Vaccination North-Western Provinces 1866-1877 - 1866-1877
Year: 1866
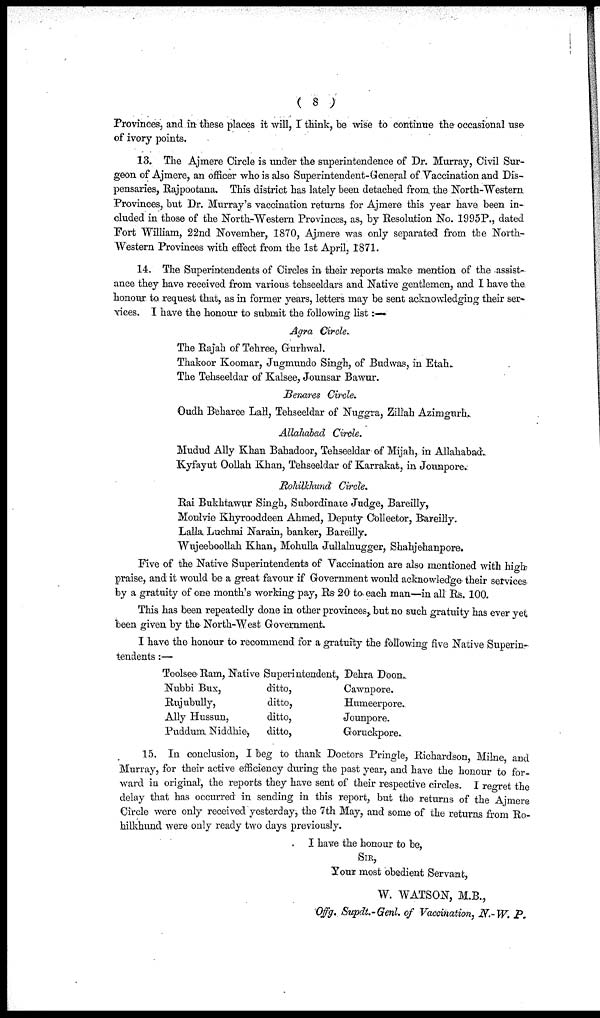
( 8 )
Provinces, and in these places it will, I think, be wise to continue the occasional use
of ivory points.
13. The Ajmere Circle is under the superintendence of Dr. Murray, Civil Sur-
geon of Ajmere, an officer who is also Superintendent-General of Vaccination and Dis-
pensaries, Rajpootana. This district has lately been detached from the North-Western
Provinces, but Dr. Murray's vaccination returns for Ajmere this year have been in-
cluded in those of the North-Western Provinces, as, by Resolution No. 1995P., dated
Fort William, 22nd November, 1870, Ajmere was only separated from the North¬
Western Provinces with effect from the 1st April, 1871.
14. The Superintendents of Circles in their reports make mention of the assist-
ance they have received from various tehseeldars and Native gentlemen, and I have the
honour to request that, as in former years, letters may be sent acknowledging their ser-
vices. I have the honour to submit the following list:—
Agra Circle.
The Rajah of Tehree, Gurhwal.
Thakoor Koomar, Jugmundo Singh, of Budwas, in Etah.
The Tehseeldar of Kalsee, Jounsar Bawur.
Benares Circle.
Oudh Beharee Lall, Tehseeldar of Nuggra, Zillah Azimgurh.
Allahabad Circle.
Mudud Ally Khan Bahadoor, Tehseeldar of Mijah, in Allahabad.
Kyfayut Oollah Khan, Tehseeldar of Karrakat, in Jounpore.
Rohilkhund Circle.
Rai Bukhtawur Singh, Subordinate Judge, Bareilly,
Moulvie Khyrooddeen Ahmed, Deputy Collector, Bareilly.
Lalla Luchmi Narain, banker, Bareilly.
Wujeeboollah Khan, Mohulla Jullalnugger, Shahjehanpore.
Five of the Native Superintendents of Vaccination are also mentioned with high
praise, and it would be a great favour if Government would acknowledge their services
by a gratuity of one month's working pay, Rs 20 to each man—in all Rs. 100.
This has been repeatedly done in other provinces, but no such gratuity has ever yet
been given by the North-West Government.
I have the honour to recommend for a gratuity the following five Native Superin-
tendents :—
Toolsee Ram, Native
Nubbi Bux,
Rujubully,
Ally Hussun,
Puddum Niddhie,
Superintendent,
ditto,
ditto,
ditto,
ditto,
Dehra Doon.
Cawnpore.
Humeerpore.
Jounpore.
Goruckpore.
15. In conclusion, I beg to thank Doctors Pringle, Richardson, Milne, and
Murray, for their active efficiency during the past year, and have the honour to for-
ward in original, the reports they have sent of their respective circles. I regret the
delay that has occurred in sending in this report, but the returns of the Ajmere
Circle were only received yesterday, the 7th May, and some of the returns from Ro¬
hilkhund were only ready two days previously.
I have the honour to be,
SIR,
Your most obedient Servant,
W. WATSON, M.B.,
Offg. Supdt.-Genl. of Vaccination, N.-W. P.